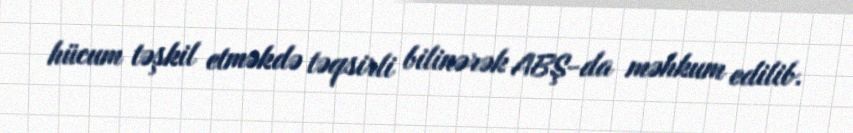
hücum təşkil etməkdə təqsirli bilinərək ABŞ-da məhkum edilib.